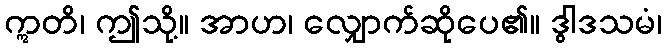
ဣတိ၊ ဤသို့။ အာဟ၊ လျှောက်ဆိုပေ၏။ ဒွါဒသမံ၊